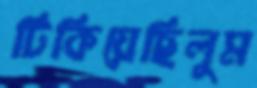
টিকিয়েছিলুম